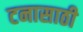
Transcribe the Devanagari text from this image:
टनासाठी